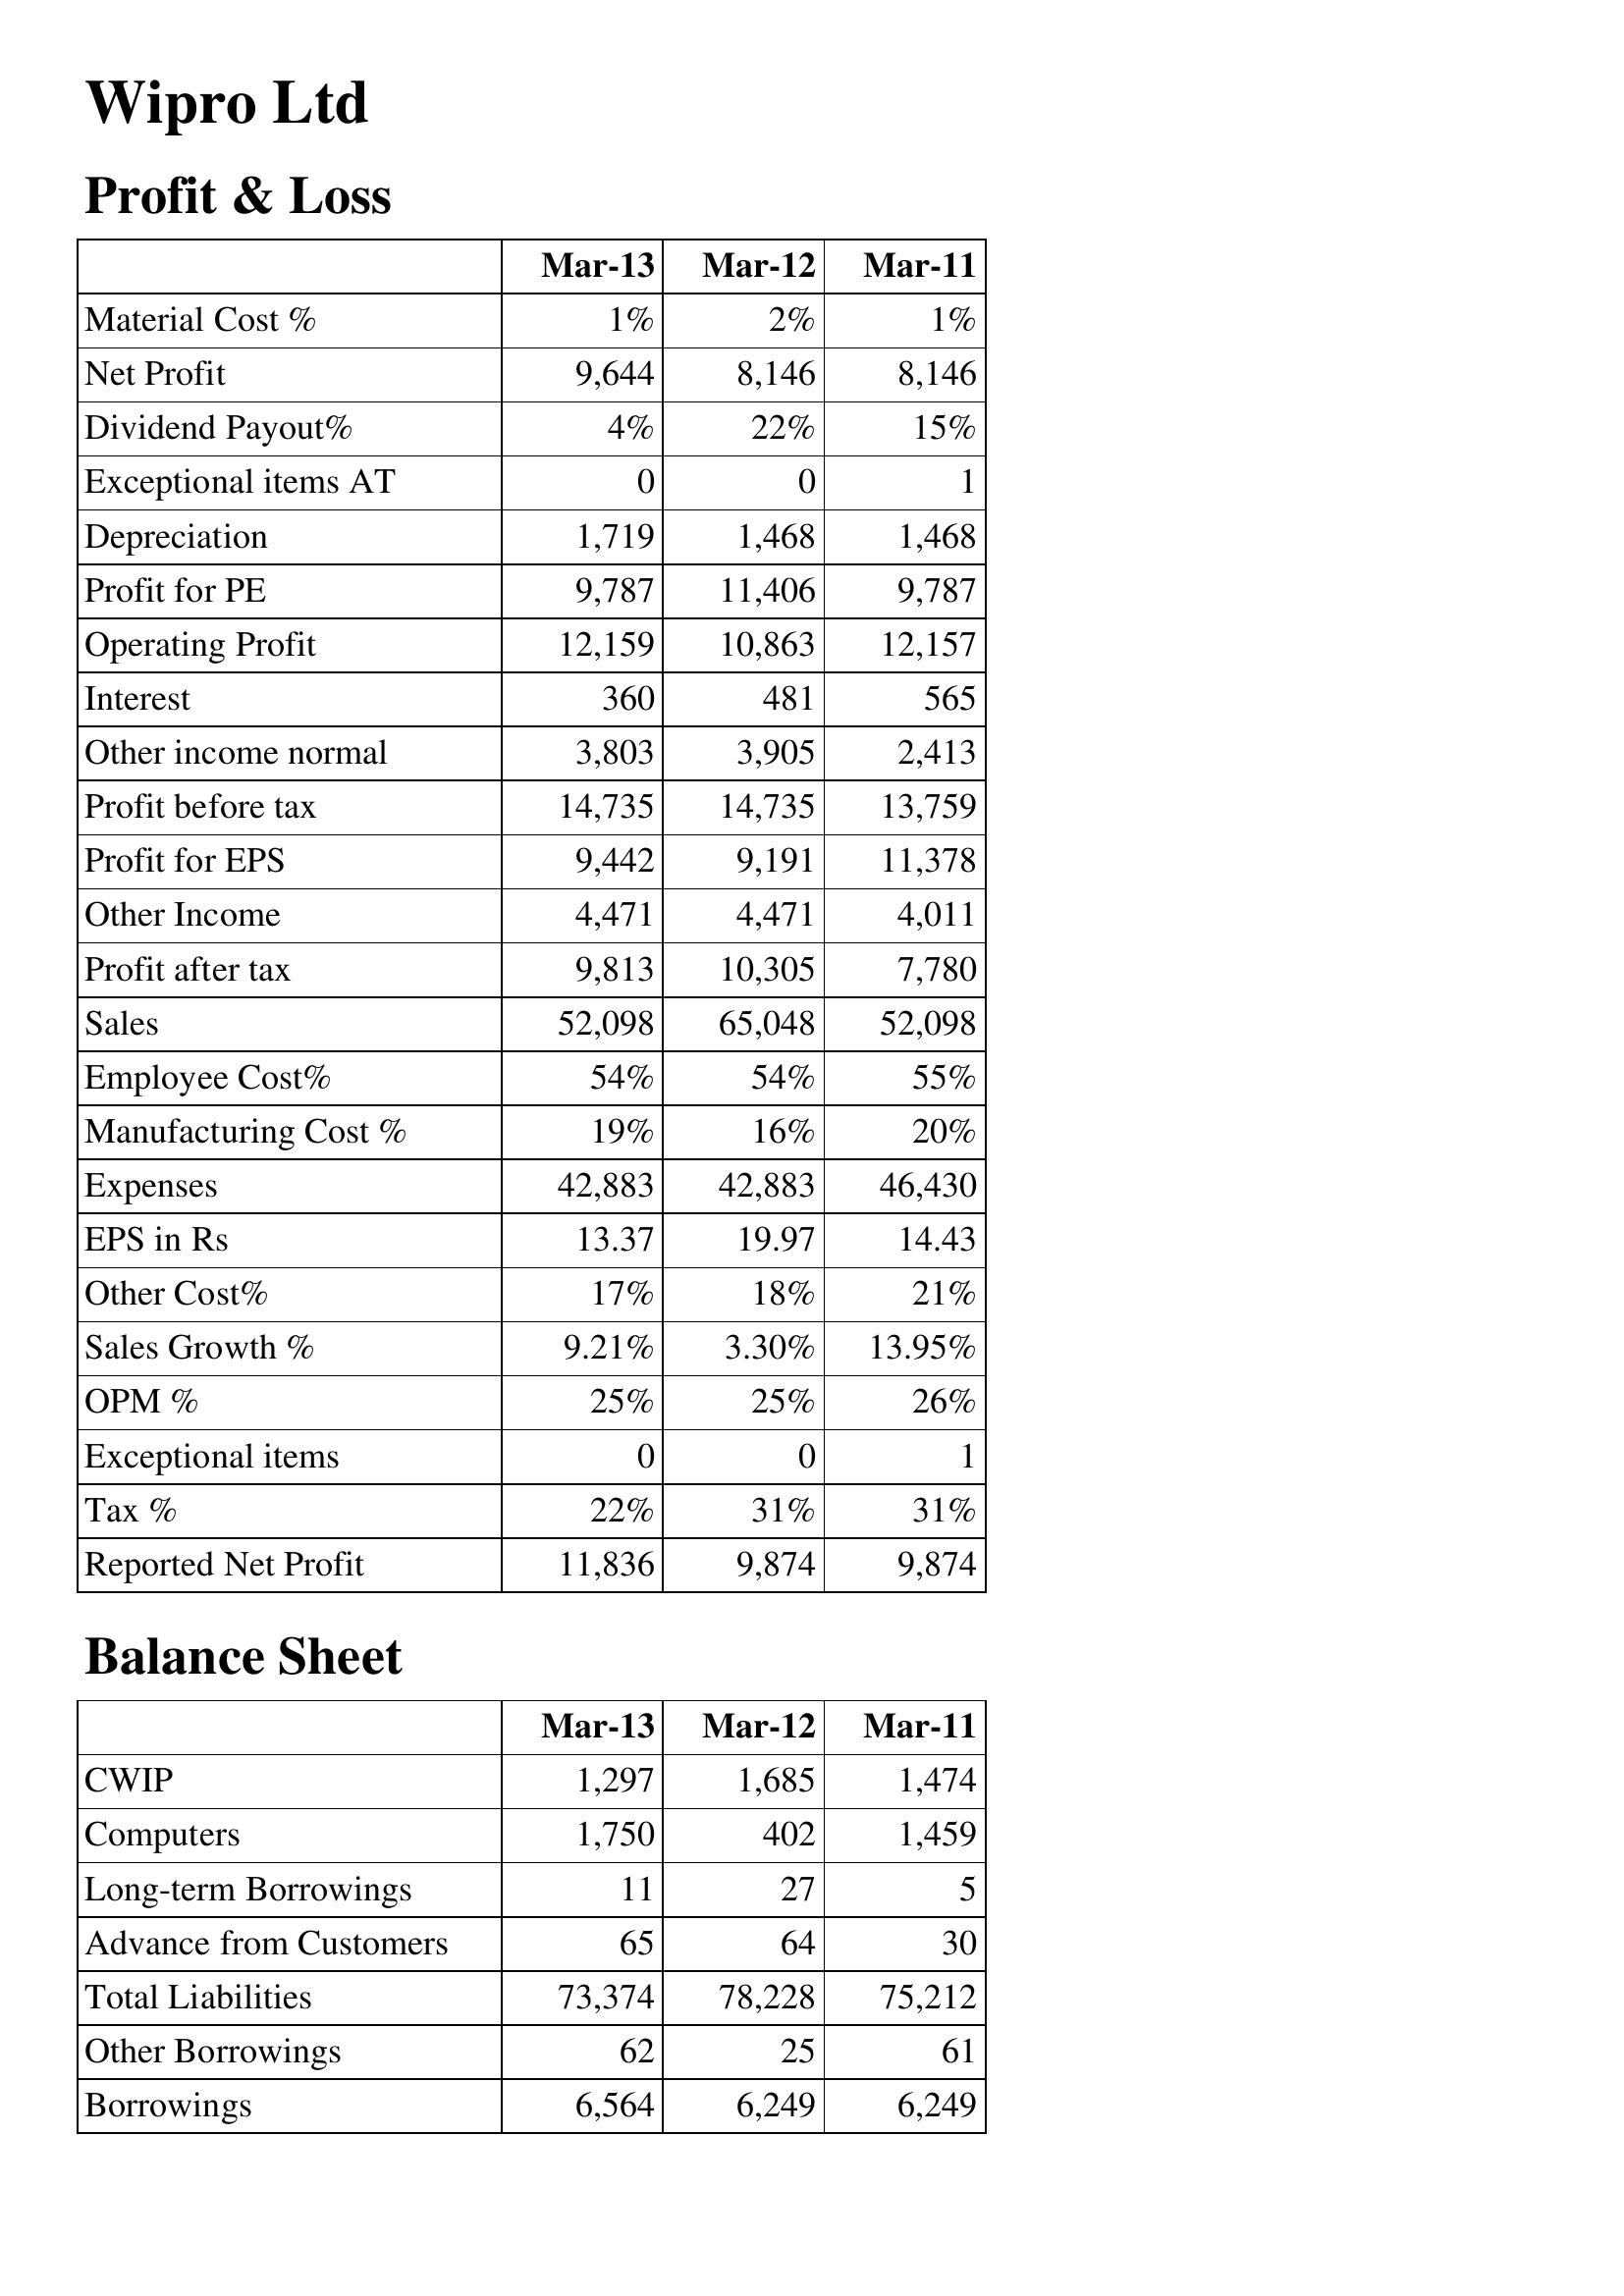
Mar-13: Profit & Loss: Material Cost %: 1%
Net Profit: 9,644
Dividend Payout%: 4%
Exceptional items AT: 0
Depreciation: 1,719
Profit for PE: 9,787
Operating Profit: 12,159
Interest: 360
Other income normal: 3,803
Profit before tax: 14,735
Profit for EPS: 9,442
Other Income: 4,471
Profit after tax: 9,813
Sales: 52,098
Employee Cost%: 54%
Manufacturing Cost %: 19%
Expenses: 42,883
EPS in Rs: 13.37
Other Cost%: 17%
Sales Growth %: 9.21%
OPM %: 25%
Exceptional items: 0
Tax %: 22%
Reported Net Profit: 11,836
Balance Sheet: CWIP: 1,297
Computers: 1,750
Long-term Borrowings: 11
Advance from Customers: 65
Total Liabilities: 73,374
Other Borrowings: 62
Borrowings: 6,564
Mar-12: Profit & Loss: Material Cost %: 2%
Net Profit: 8,146
Dividend Payout%: 22%
Exceptional items AT: 0
Depreciation: 1,468
Profit for PE: 11,406
Operating Profit: 10,863
Interest: 481
Other income normal: 3,905
Profit before tax: 14,735
Profit for EPS: 9,191
Other Income: 4,471
Profit after tax: 10,305
Sales: 65,048
Employee Cost%: 54%
Manufacturing Cost %: 16%
Expenses: 42,883
EPS in Rs: 19.97
Other Cost%: 18%
Sales Growth %: 3.30%
OPM %: 25%
Exceptional items: 0
Tax %: 31%
Reported Net Profit: 9,874
Balance Sheet: CWIP: 1,685
Computers: 402
Long-term Borrowings: 27
Advance from Customers: 64
Total Liabilities: 78,228
Other Borrowings: 25
Borrowings: 6,249
Mar-11: Profit & Loss: Material Cost %: 1%
Net Profit: 8,146
Dividend Payout%: 15%
Exceptional items AT: 1
Depreciation: 1,468
Profit for PE: 9,787
Operating Profit: 12,157
Interest: 565
Other income normal: 2,413
Profit before tax: 13,759
Profit for EPS: 11,378
Other Income: 4,011
Profit after tax: 7,780
Sales: 52,098
Employee Cost%: 55%
Manufacturing Cost %: 20%
Expenses: 46,430
EPS in Rs: 14.43
Other Cost%: 21%
Sales Growth %: 13.95%
OPM %: 26%
Exceptional items: 1
Tax %: 31%
Reported Net Profit: 9,874
Balance Sheet: CWIP: 1,474
Computers: 1,459
Long-term Borrowings: 5
Advance from Customers: 30
Total Liabilities: 75,212
Other Borrowings: 61
Borrowings: 6,249